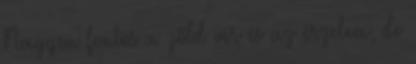
Nagyon fontos a zöld vér és az érzelem, de